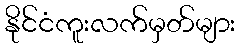
နိုင်ငံကူးလက်မှတ်များ